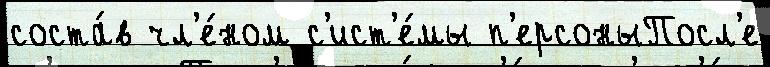
соста́в чл'е́ном с'ист'е́мы п'ерсоныПосл'е